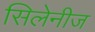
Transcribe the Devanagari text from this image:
सिलेनीज